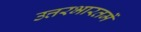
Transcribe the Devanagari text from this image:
उत्तरभारतमें